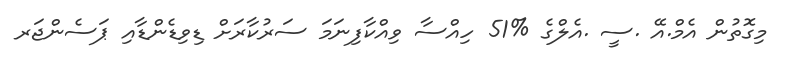
މިގޮތުން އެމް.އޭ .ސީ .އެލްގެ %51 ހިއްސާ ވިއްކާފިނަމަ ސަރުކާރަށް ޑިވިޑެންޑާއި ޕަސެންޖަރ